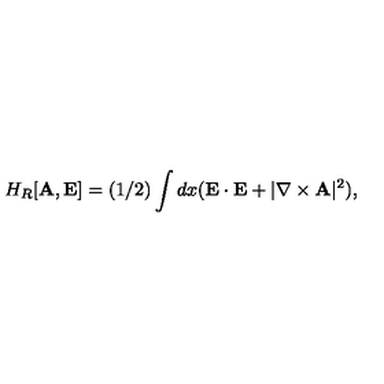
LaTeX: H _ { R } [ { \bf A } , { \bf E } ] = ( 1 / 2 ) \int d x ( { \bf E } \cdot { \bf E } + | \nabla \times { \bf A } | ^ { 2 } ) ,